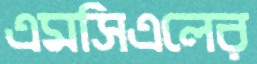
এমসিএলের